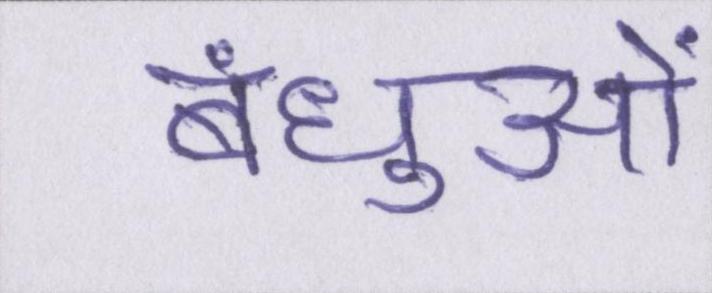
बंधुओं